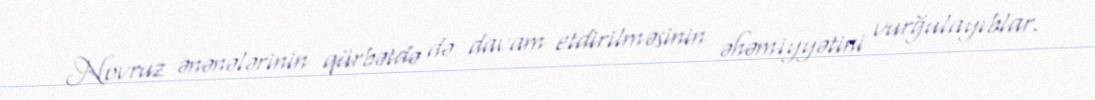
Novruz ənənələrinin qürbətdə də davam etdirilməsinin əhəmiyyətini vurğulayıblar.